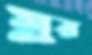
মুর